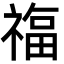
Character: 𮂊